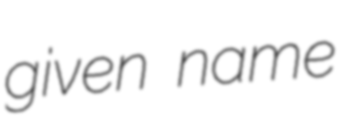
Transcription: given name